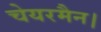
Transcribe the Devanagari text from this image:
चेयरमैन।